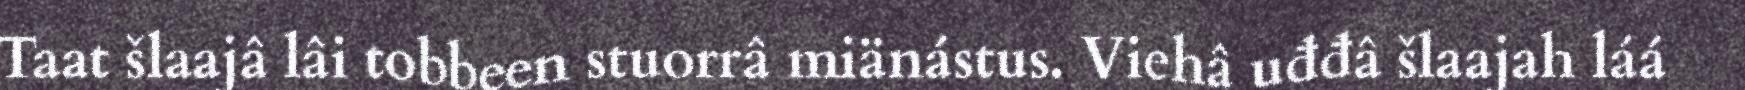
Taat šlaajâ lâi tobbeen stuorrâ miänástus. Viehâ uđđâ šlaajah láá